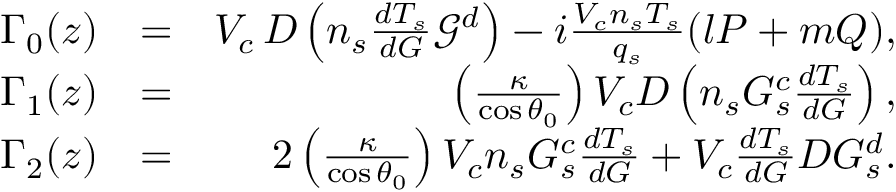
\begin{array} { r l r } { \Gamma _ { 0 } ( z ) } & { = } & { V _ { c } \, D \left( n _ { s } \frac { d T _ { s } } { d G } \mathcal { G } ^ { d } \right) - i \frac { V _ { c } n _ { s } T _ { s } } { q _ { s } } ( l P + m Q ) , } \\ { \Gamma _ { 1 } ( z ) } & { = } & { \left( \frac { \kappa } { \cos { \theta _ { 0 } } } \right) V _ { c } D \left( n _ { s } { G } _ { s } ^ { c } \frac { d T _ { s } } { d G } \right) , } \\ { \Gamma _ { 2 } ( z ) } & { = } & { 2 \left( \frac { \kappa } { \cos { \theta _ { 0 } } } \right) V _ { c } n _ { s } { G } _ { s } ^ { c } \frac { d T _ { s } } { d G } + V _ { c } \frac { d T _ { s } } { d G } D { G } _ { s } ^ { d } . } \end{array}